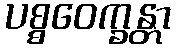
ပစ္စဝေက္ခန္တာ